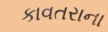
કાવતરાના